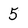
Character: 5